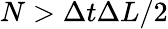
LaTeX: N>\Delta t\Delta L/2